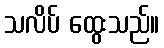
သလိပ် ထွေးသည်။